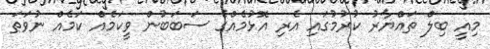
މިއީ ބިލް ތައްޔާރު ކުރުމުގައި އެރި އޮޅުމެއްގެ ސަބަބުން ވީކަމެއް ކަމެއް ނުވަތަ